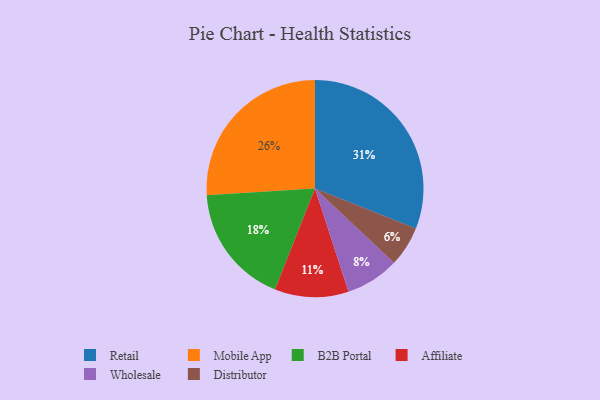
{"axis": {"x": "Category", "y": "Percentage"}, "legend": ["Affiliate", "B2B Portal", "Distributor", "Mobile App", "Retail", "Wholesale"], "data": [{"x": "B2B Portal", "y": 18, "type": "B2B Portal"}, {"x": "Wholesale", "y": 8, "type": "Wholesale"}, {"x": "Affiliate", "y": 11, "type": "Affiliate"}, {"x": "Mobile App", "y": 26, "type": "Mobile App"}, {"x": "Retail", "y": 31, "type": "Retail"}, {"x": "Distributor", "y": 6, "type": "Distributor"}]}